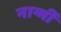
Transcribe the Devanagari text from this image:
नार्न्गी